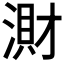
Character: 𣺠